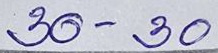
30 - 30